Scientific memoirs by medical officers of the Army of India - Part XI,
Year: 1898
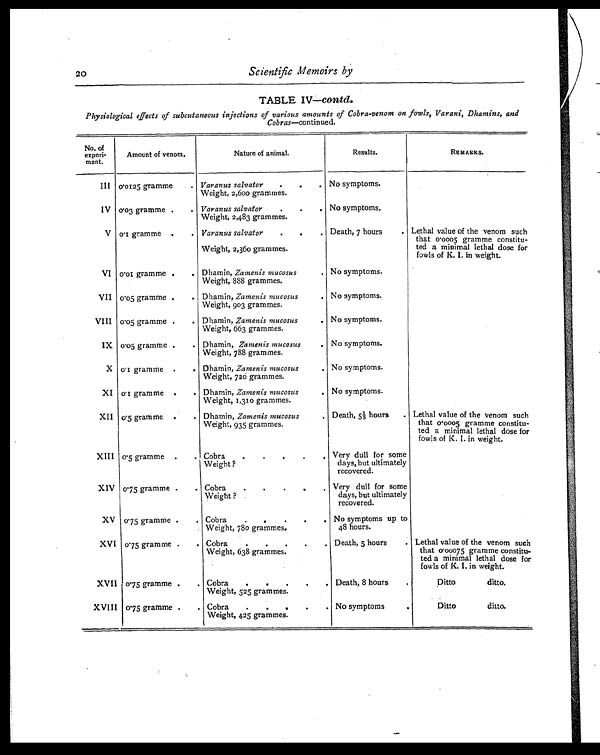
20
Scientific Memoirs by
TABLE IV—contd.
Physiological effects of subcutaneous injections of various amounts of Cobra-venom on fowls, Varani, Dhamins, and
Cobras—continued.
No. of
experi-
ment.
Amount of venom.
Nature of animal.
Results.
REMARKS.
III 0.0125 gramme
. Varanus salvator
.
.
Weight, 2,600 grammes.
No symptoms.
IV 0.03 gramme .
. Varanus salvator.
Weight, 2,483 grammes.
No symptoms.
V 0.1 gramme .
. Varanus salvator.
. Death, 7 hours
. Lethal value of the venom such
that 0.0005 gramme constitu-
ted a minimal lethal dose for
fowls of K. I. in weight.
Weight, 2,360 grammes.
VI 0.01 gramme .
. Dhamin, Zamenis mucosus
.
Weight, 888 grammes.
No symptoms.
VII 00.5 gramme .
. Dhamin, Zamenis mucosus
.
Weight, 903 grammes.
No symptoms.
VIII 0.05 gramme .
. Dhamin, Zamenis mucosus
.
Weight, 663 grammes.
No symptoms.
IX 0.05 gramme .
. Dhamin, Zamenis mucosus
.
Weight, 788 grammes.
No symptoms.
X 0.1 gramme .
. Dhamin, Zamenis mucosus
.
Weight, 726 grammes.
No symptoms.
XI 0.1 gramme .
. Dhamin, Zamenis mucosus
.
Weight, 1,310 grammes.
No symptoms.
XII 0.5 gramme .
. Dhamin, Zamenis mucosus
.
Weight, 935 grammes.
Death, 5½ hours
. Lethal value of the venom such
that 0.0005 gramme constitu-
ted a minimal lethal dose for
fowls of K. I. in weight.
XIII 0.5 gramme .
. Cobra.
.
Weight ?
Very dull for some
days, but ultimately
recovered.
XIV 0.75 gramme .
. Cobra.
.
Weight ?
Very dull for some
days, but ultimately
recovered.
XV 0.75 gramme .
. Cobra.
.
Weight, 780 grammes.
No symptoms up to
48 hours.
XVI 0.75 gramme .
. Cobra
.
.
Weight, 638 grammes.
Death, 5 hours
. Lethal value of the venom such
that 0.00075 gramme constitu-
ted a minimal lethal dose for
fowls of K. I. in weight.
XVII 0.75 gramme .
. Cobra
..
Weight, 525 grammes.
Death, 8 hours
Ditto
ditto.
XVIII 0.75 gramme .
. Cobra
..
Weight, 425 grammes.
No symptoms
.
Ditto
ditto.